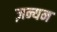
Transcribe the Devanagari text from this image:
ज़न्यन